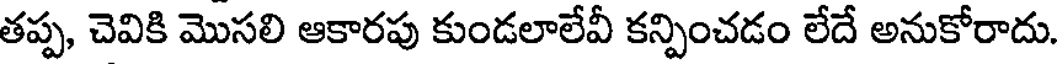
తప్ప, చెవికి మొసలి ఆకారపు కుండలాలేవీ కన్పించడం లేదే అనుకోరాదు.